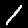
Digit: 1